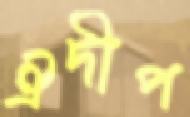
ঐদীপ